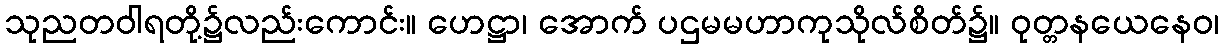
သုညတဝါရတို့၌လည်းကောင်း။ ဟေဋ္ဌာ၊ အောက် ပဌမမဟာကုသိုလ်စိတ်၌။ ဝုတ္တနယေနေဝ၊